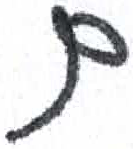
אות: ם